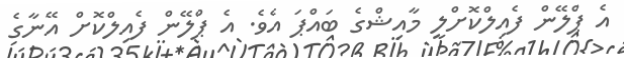
އެ ޕްލޭން ފެއިލްކޮށްލީ މާއިޝްގެ ބައްޕަ އެވެ. އެ ޕްލޭން ފެއިލްކޮށް އޭނާގެ